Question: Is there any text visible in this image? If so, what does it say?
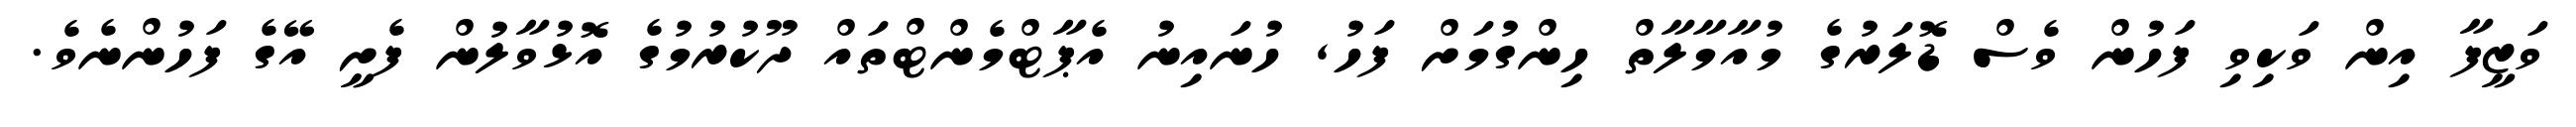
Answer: ވަޒީފާ އިން ވަކިވި ފަހުން ވެސް ޑޮލަރުގެ މުއާމާލާތް ހިންގުމަށް ފަހު, ހުނައިނު އެޕާޓްމެންޓްތައް ދޫކުރުމުގެ އޮޅުވާލުން ފެށީ އޭގެ ފަހުންނެވެ.